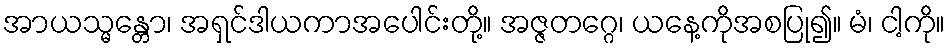
အာယသ္မန္တော၊ အရှင်ဒါယကာအပေါင်းတို့။ အဇ္ဇတဂ္ဂေ၊ ယနေ့ကိုအစပြု၍။ မံ၊ ငါ့ကို။